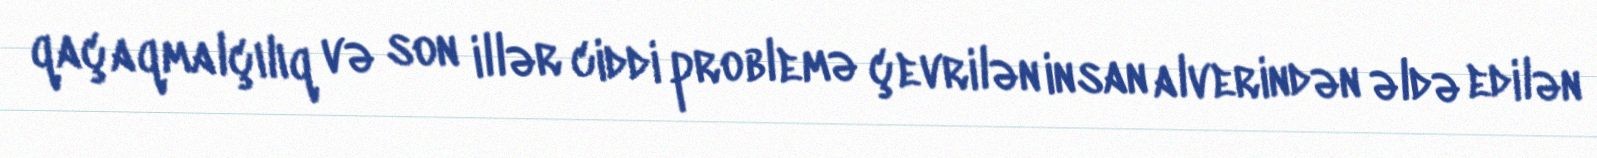
qaçaqmalçılıq və son illər ciddi problemə çevrilən insan alverindən əldə edilən